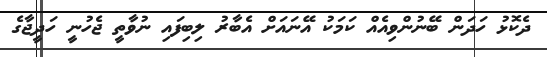
ދެކޮޅު ހަދަން ބޭނުންވިއެއް ކަމަކު އޭނައަށް އެބާރު ލިބިފައި ނުވާތީ ޖެހުނީ ހަދީޖާގެ